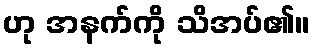
ဟု အနက်ကို သိအပ်၏။